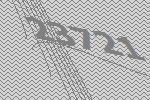
23721